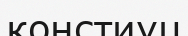
констиуц